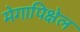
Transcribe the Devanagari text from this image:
मेगापिक्षेल